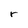
Character: r